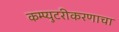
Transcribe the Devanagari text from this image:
कम्प्युटरीकरणाचा